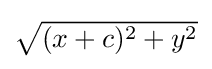
{\textstyle {\sqrt {(x+c)^{2}+y^{2}}}}